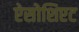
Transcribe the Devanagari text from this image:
ऐसोशिएट